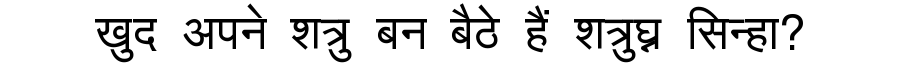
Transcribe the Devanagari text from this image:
खुद अपने शत्रु बन बैठे हैं शत्रुघ्न सिन्हा?